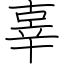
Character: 辜